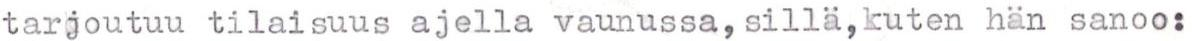
tarjoutuu tilaisuus ajella vaunussa, sillä, kuten hän sanoo: